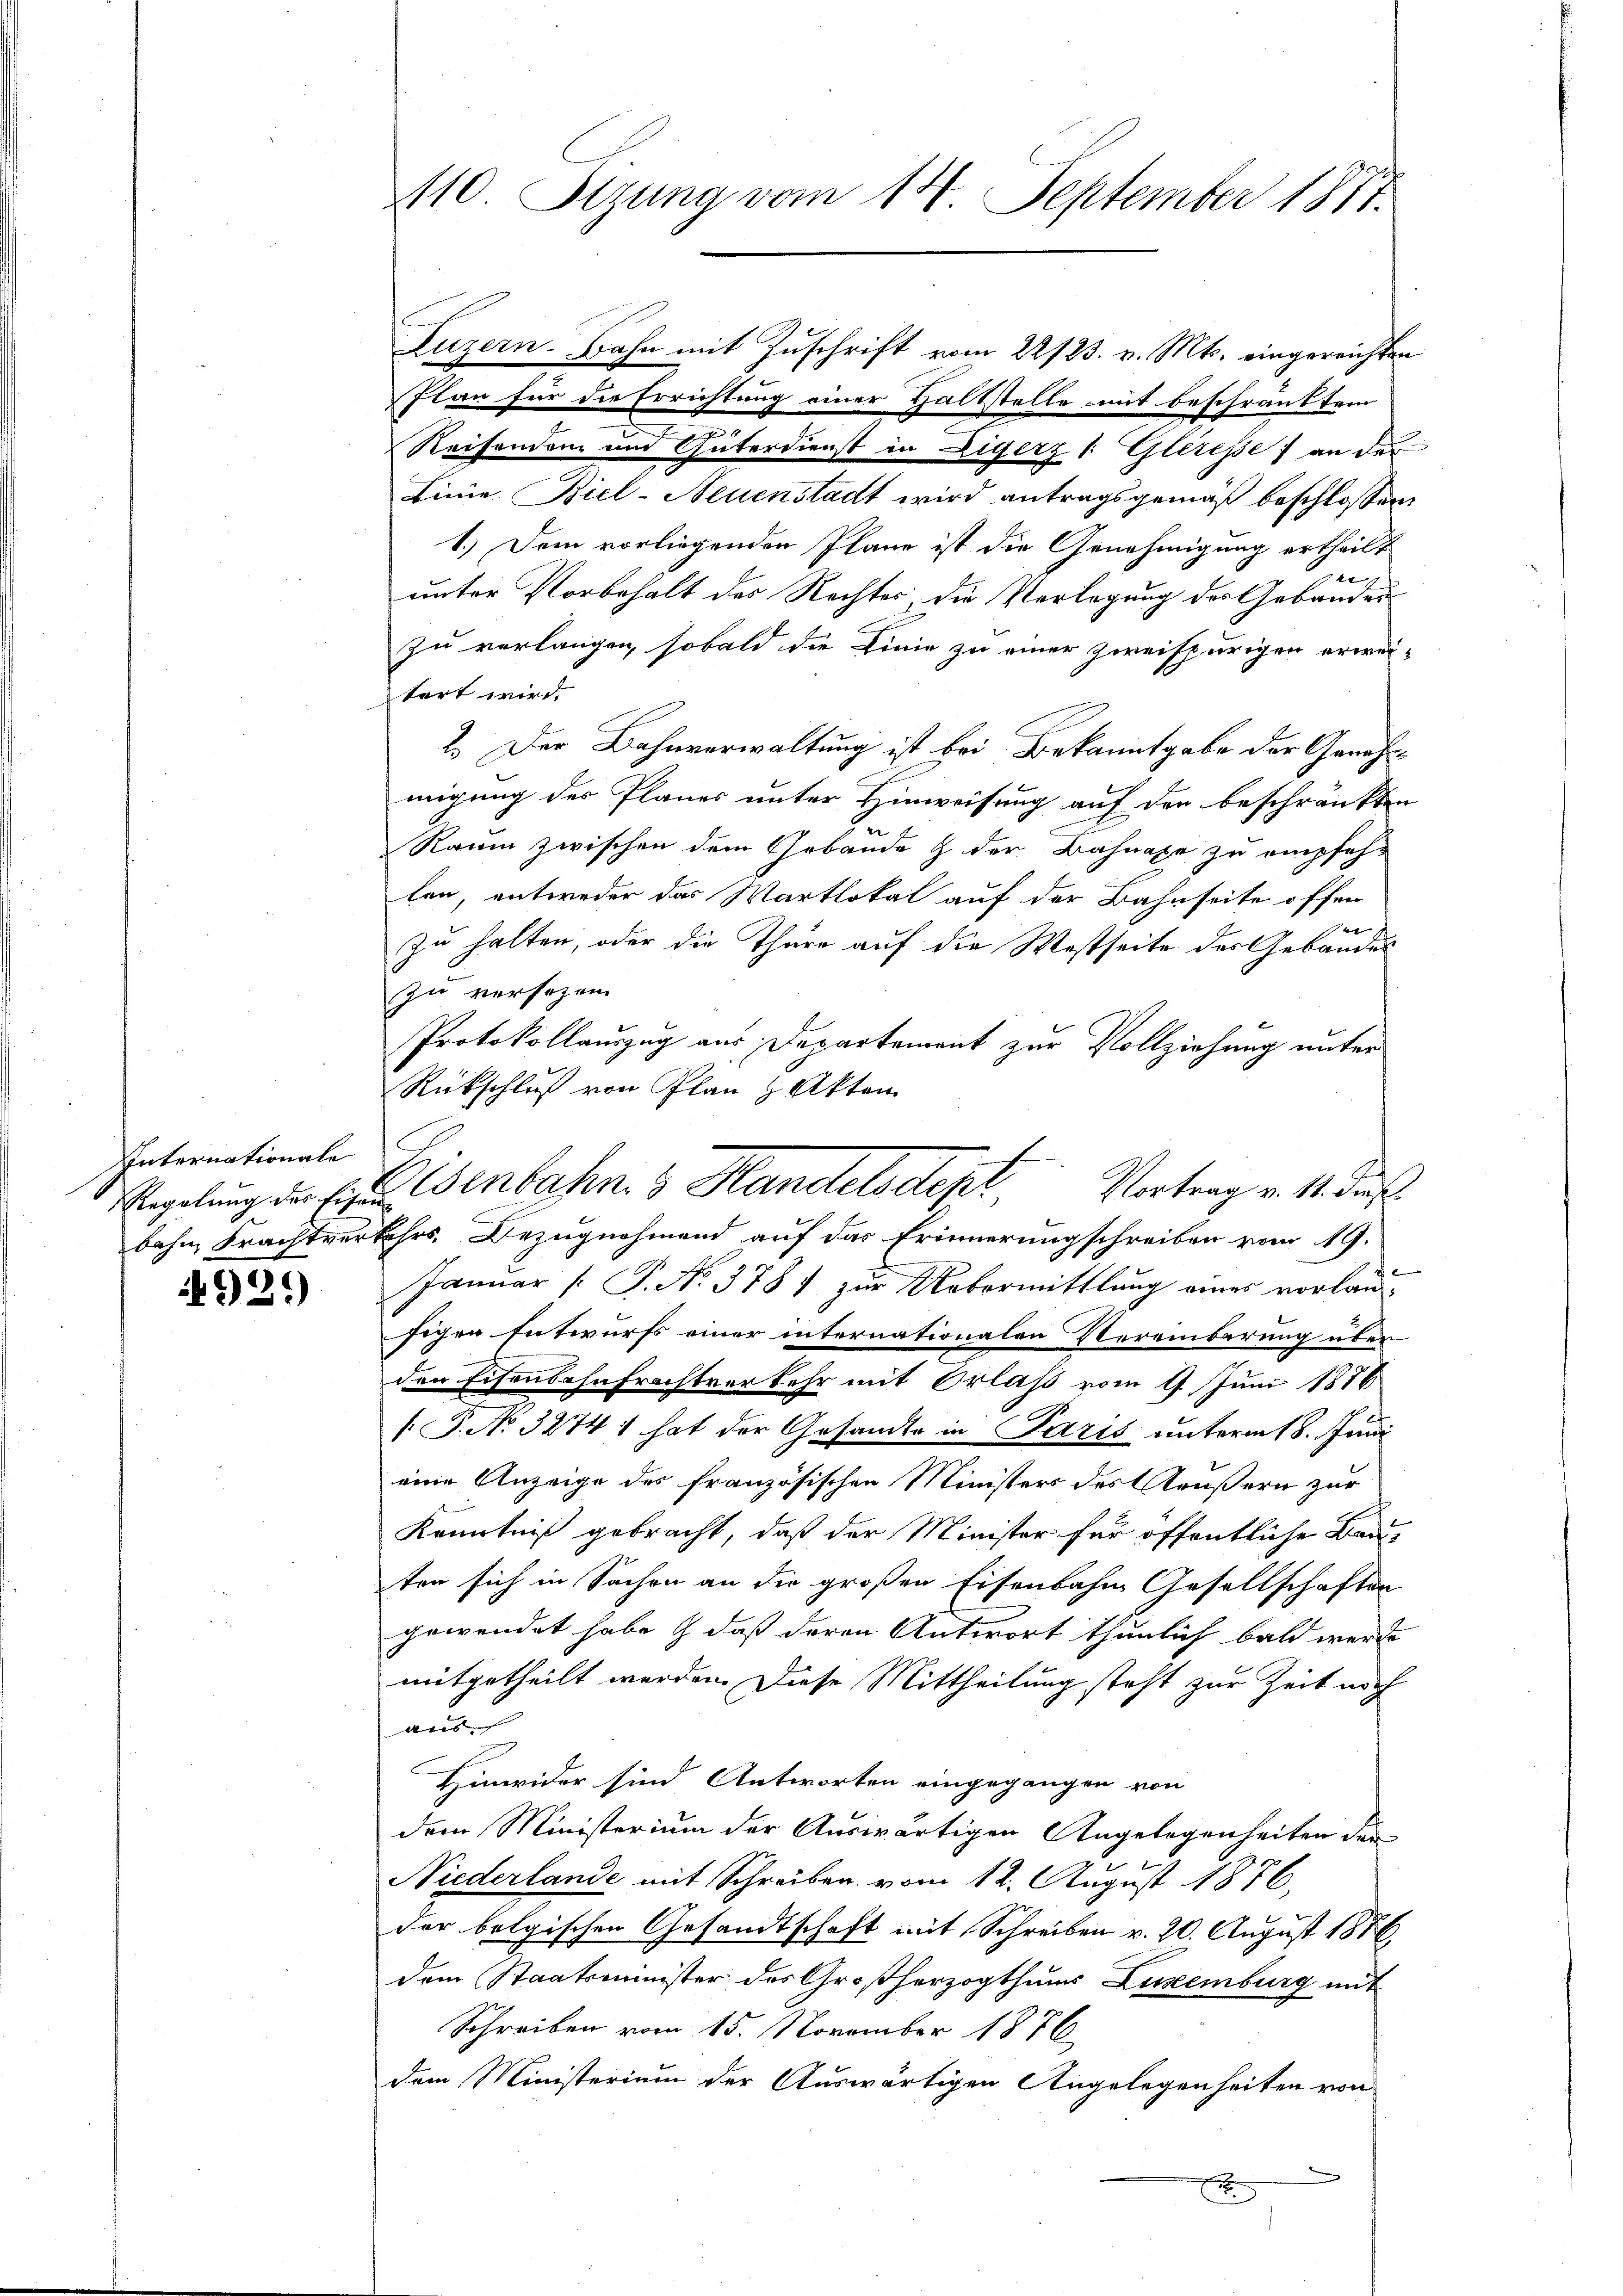
Internationale
Regelung der Eisen
bahn Frachtvert

4929)

110 Sizung vom 14. September 1887.

Reisenden und Güterdienst in Eigerz (Gleresse an des
Linie Biel-Neuenstadt wird antragsgemäß beschlossen:
1.) Dem vorliegenden Plane ist die Genehmigung ertheilt
unter Vorbehalt des Rechtes die Verlegung der Gebäuder
zu verlangen, sobald die Linie zu einer zweifpurigen erwei-
tert wird.
2.) Der Bahnverwaltung ist bei Bekanntgabe der Genehmigung der Planes unter Hinweisung auf der beschränkten
Raum zwischen dem Gebäude & der Bahnahe zu empfehlen, entweder das Martlokal auf der Bahnseite offen
t
zu halten, oder die Thüre auf die Westseite des Gebäudes
zu versezen.
Protokollauszug aus Departement zur Vollziehung unter
Rückschluß von Plan & Akten
.
Januar [ P. N. 3787 zur Uebermittlung eines vorlaufigen Entwurfs einer internationalen Vereinberung über
den Eisenbahnfrachtverkehr mit Orlaß vom 1. Juni 1876
[P. No 32741 hat der Gesandte in Paris unterm 18. Juni
eine Anzeige des französischen Ministers des Aeußern zur
d
Kenntniß gebracht, daß der Minister für öffentliche Bauten sich in Sachen an die großen Eisenbahn Gesellschaften
gewendet habe, dass deren Antwort thunlich bald werde
mitgetheilt werden. Diese Mittheilung steht zur Zeit noch
es |
Hinwider sind Antworten eingegangen von
dem Ministerium der Auswärtigen Angelegenheiten der
Niederlande mit Schreiben vom 12. August 1876,
der belgischen Gesandtschaft mit Schreiben v. 20. August 1886
dem Staatsminister der Großherzogthums Luxenburg mit
Schreiben vom 15. November 1876
dem Ministerium der Auswärtigen Angelegenheiten von
x

Luzern. Bahn mit Zuschrift vom 22/23. v. Mts. eingereichten
Ilan für die Errichtung einer Haltstelle mit beschränktem

Eisenbahres Handelsdep
Vortrag v. 14. dies
ehrs. Bezugnahmend auf das Erinnerungschreiben vom 19.